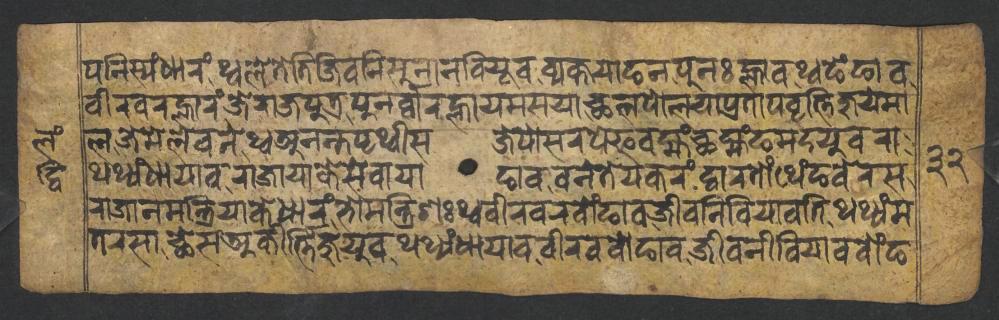
𑐥𑐣𑐶𑐳𑑂𑐫𑑄𑐢𑐵𑐬𑑄𑐠𑑂𑐰𑐮𑐾𑐟𑐾𑐟𑐶𑐖𑐶𑐰𑐣𑐶𑐳𑐸𑐣𑐵𑐣𑐧𑐶𑐫𑐹𑐰𑐰𑑂𑐫𑐎𑑂𑐟𑐫𑐵𑐒𑐣𑐥𑐸𑐣𑑅𑐮𑑂𑐴𑐵𑐰𑐠𑑂𑐰𑐒𑐾𑑄𑐒𑐵𑐰 𑐰𑐷𑐬𑐰𑐬𑐮𑑂𑐴𑐵𑐬𑑄𑐖𑐾𑐬𑐵𑐖𑐥𑐸𑐟𑑂𑐬𑐥𑐸𑐣𑐬𑑂𑐰𑑂𑐰𑐵𑐬𑐮𑑂𑐴𑐵𑐫𑐩𑐳𑐫𑐵𑐕𑐮𑐥𑑀𑐮𑐫𑐵𑐥𑑂𑐬𑐟𑐵𑐥𑐰𑐺𑐟𑑂𑐟𑐶𑐖𑐸𑐫𑐾𑐩𑐵 𑐮𑐖𑐾𑐩𑐾𑐮𑐾𑐰𑐣𑐾𑐠𑑂𑐰𑐀𑐣𑐣𑑂𑐟𑐥𑐺𑐠𑑂𑐰𑐷𑐳𑐖𑐾𑐥𑑀𑐳𑐬𑐥𑐾𑐦𑐰𑐩𑑂𑐴𑑄𑐕𑐩𑑂𑐴𑑄𑐒𑐩𑐡𑐫𑐸𑐰𑐬𑐵 𑐠𑐠𑑂𑐫𑑄𑐢𑐵𑐫𑐵𑐰𑐬𑐵𑐖𑐵𑐫𑐵𑐎𑐾𑐳𑐾𑐰𑐵𑐫𑐵𑐒𑐵𑐰𑐰𑐣𑐾𑐟𑐾𑐫𑐎𑐬𑑄𑐡𑑂𑐰𑐵𑐬𑐟𑑀𑑄𑐠𑐾𑑄𑐒𑐵𑐰𑐧𑐾𑐬𑐳 𑐬𑐵𑐖𑐵𑐣𑐩𑐣𑑂𑐟𑑂𑐬𑐶𑐫𑐵𑐎𑐾𑐢𑐵𑐬𑑄𑐨𑑀𑐩𑐣𑑂𑐟𑑂𑐬𑐶𑐞𑑅𑐠𑑂𑐰𑐰𑐷𑐬𑐰𑐬𑐧𑑀𑑄𑐒𑐵𑐰𑐖𑐷𑐰𑐣𑐶𑐧𑐶𑐫𑐵𑐰𑐟𑐶𑐠𑐠𑑂𑐫𑑄𑐩 𑐟𑐬𑐳𑐵𑐕𑐾𑐳𑐀𑐎𑐷𑐬𑑂𑐟𑑂𑐟𑐶𑐖𑐸𑐫𑐸𑐰𑐠𑐠𑑂𑐫𑑄𑐢𑐵𑐫𑐵𑐰𑐰𑐷𑐬𑐰𑐧𑑀𑐒𑐵𑐰𑐖𑐷𑐰𑐣𑐷𑐧𑐶𑐫𑐵𑐰𑐧𑑀𑑄𑐒